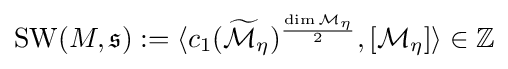
\operatorname {SW} (M,{\mathfrak {s}}):=\langle c_{1}({\widetilde {\mathcal {M}}}_{\eta })^{\frac {\dim {\mathcal {M}}_{\eta }}{2}},[{\mathcal {M}}_{\eta }]\rangle \in \mathbb {Z}